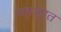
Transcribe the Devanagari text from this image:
यमकात